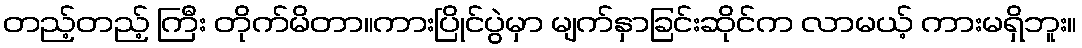
တည့်တည့် ကြီး တိုက်မိတာ။ကားပြိုင်ပွဲမှာ မျက်နှာခြင်းဆိုင်က လာမယ့် ကားမရှိဘူး။